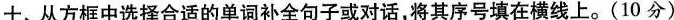
十、从方框中选择合适的单词补全句子或对话,将其序号填在横线上.(10 分)